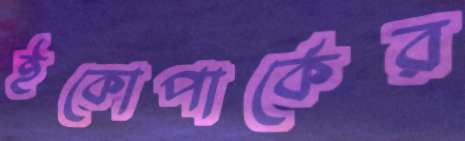
ইকোপার্কের